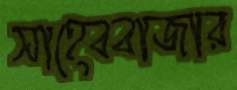
সাহেববাজার